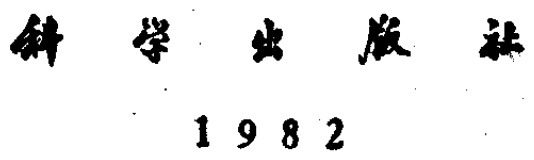
\text{科学出版社} \\ 1982